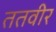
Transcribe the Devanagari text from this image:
ततवीर